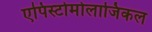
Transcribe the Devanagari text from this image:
एपिस्टोमोलाजिकल